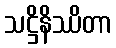
သဋ္ဌိနိဿိတာ